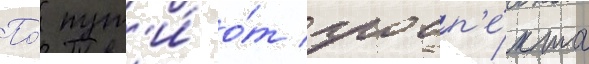
По́ пут'и́ о́т просп'е́кта